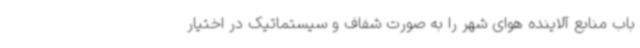
باب منابع آلاینده هوای شهر را به صورت شفاف و سیستماتیک در اختیار